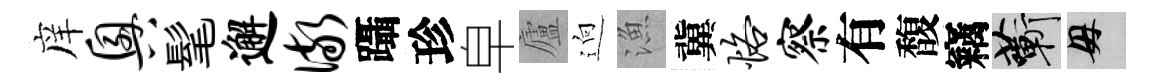
庠兴髦邂儆躡珍皁廬逈漁冀恪察有馥竊蔪母